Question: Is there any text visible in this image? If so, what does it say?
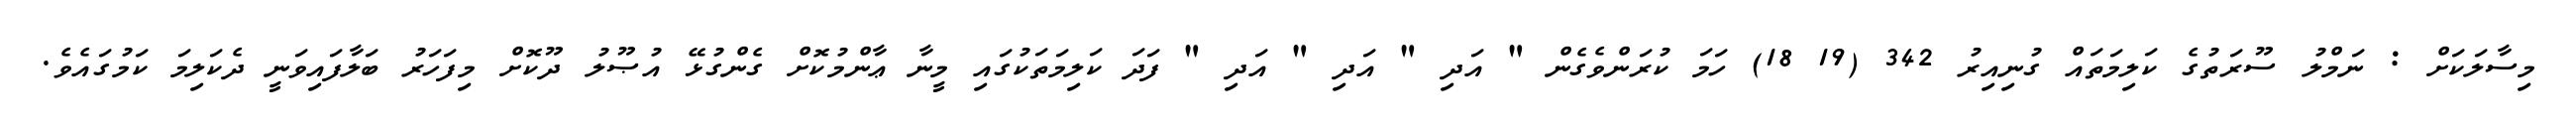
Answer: މިސާލަކަށް : ނަމްލު ސޫރަތުގެ ކަލިމަތައް ގުނިއިރު 342 (19 18) ހަމަ ކުރަންވެގެން " އަދި " އަދި " އަދި " ފަދަ ކަލިމަތަކުގައި މީނާ ޢާންމުކޮށް ގެންގުޅޭ އުޞޫލު ދޫކޮށް މިފަހަރު ބަލާފައިވަނީ ދެކަލިމަ ކަމުގައެވެ.